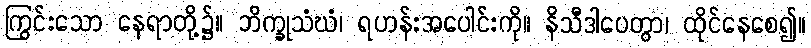
ကြွင်းသော နေရာတို့၌။ ဘိက္ခုသံဃံ၊ ရဟန်းအပေါင်းကို။ နိသီဒါပေတွာ၊ ထိုင်နေစေ၍။